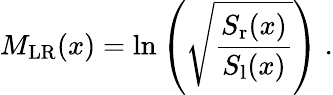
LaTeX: M_{\textrm{LR}}(x)=\ln{\left(\sqrt{\frac{S_{\textrm{r}}(x)}{S_{\textrm{l}}(x)}}\right)}\ .